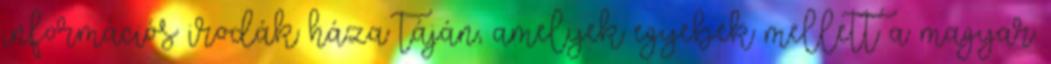
információs irodák háza táján, amelyek egyebek mellett a magyar